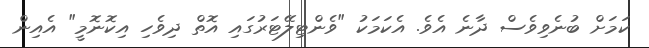
ކަމަށް ބުނެވިވެސް ދާނެ އެވެ. އެކަމަކު "ވެންޓިލޭޓަރުގައި އޮތް ދިވެހި އިކޮނޮމީ" އެއިން